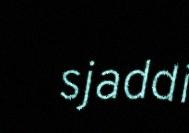
sjaddi